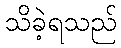
သိခဲ့ရသည်